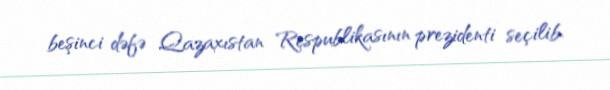
beşinci dəfə Qazaxıstan Respublikasının prezidenti seçilib.